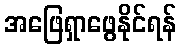
အဖြေရှာဖွေနိုင်ရန်